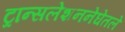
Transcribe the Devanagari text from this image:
ट्रान्सलेशननेघेतले